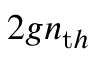
2 g n _ { \mathrm t h }